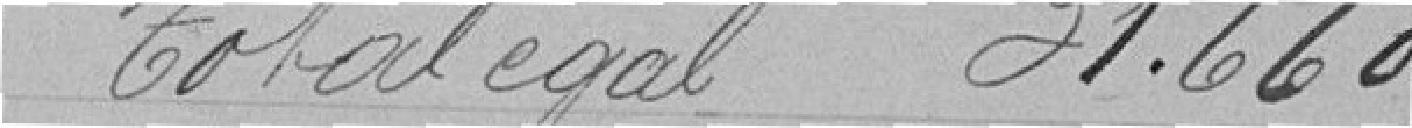
Total égal : 31.660